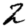
Digit: 2